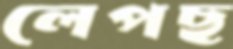
লেপছ